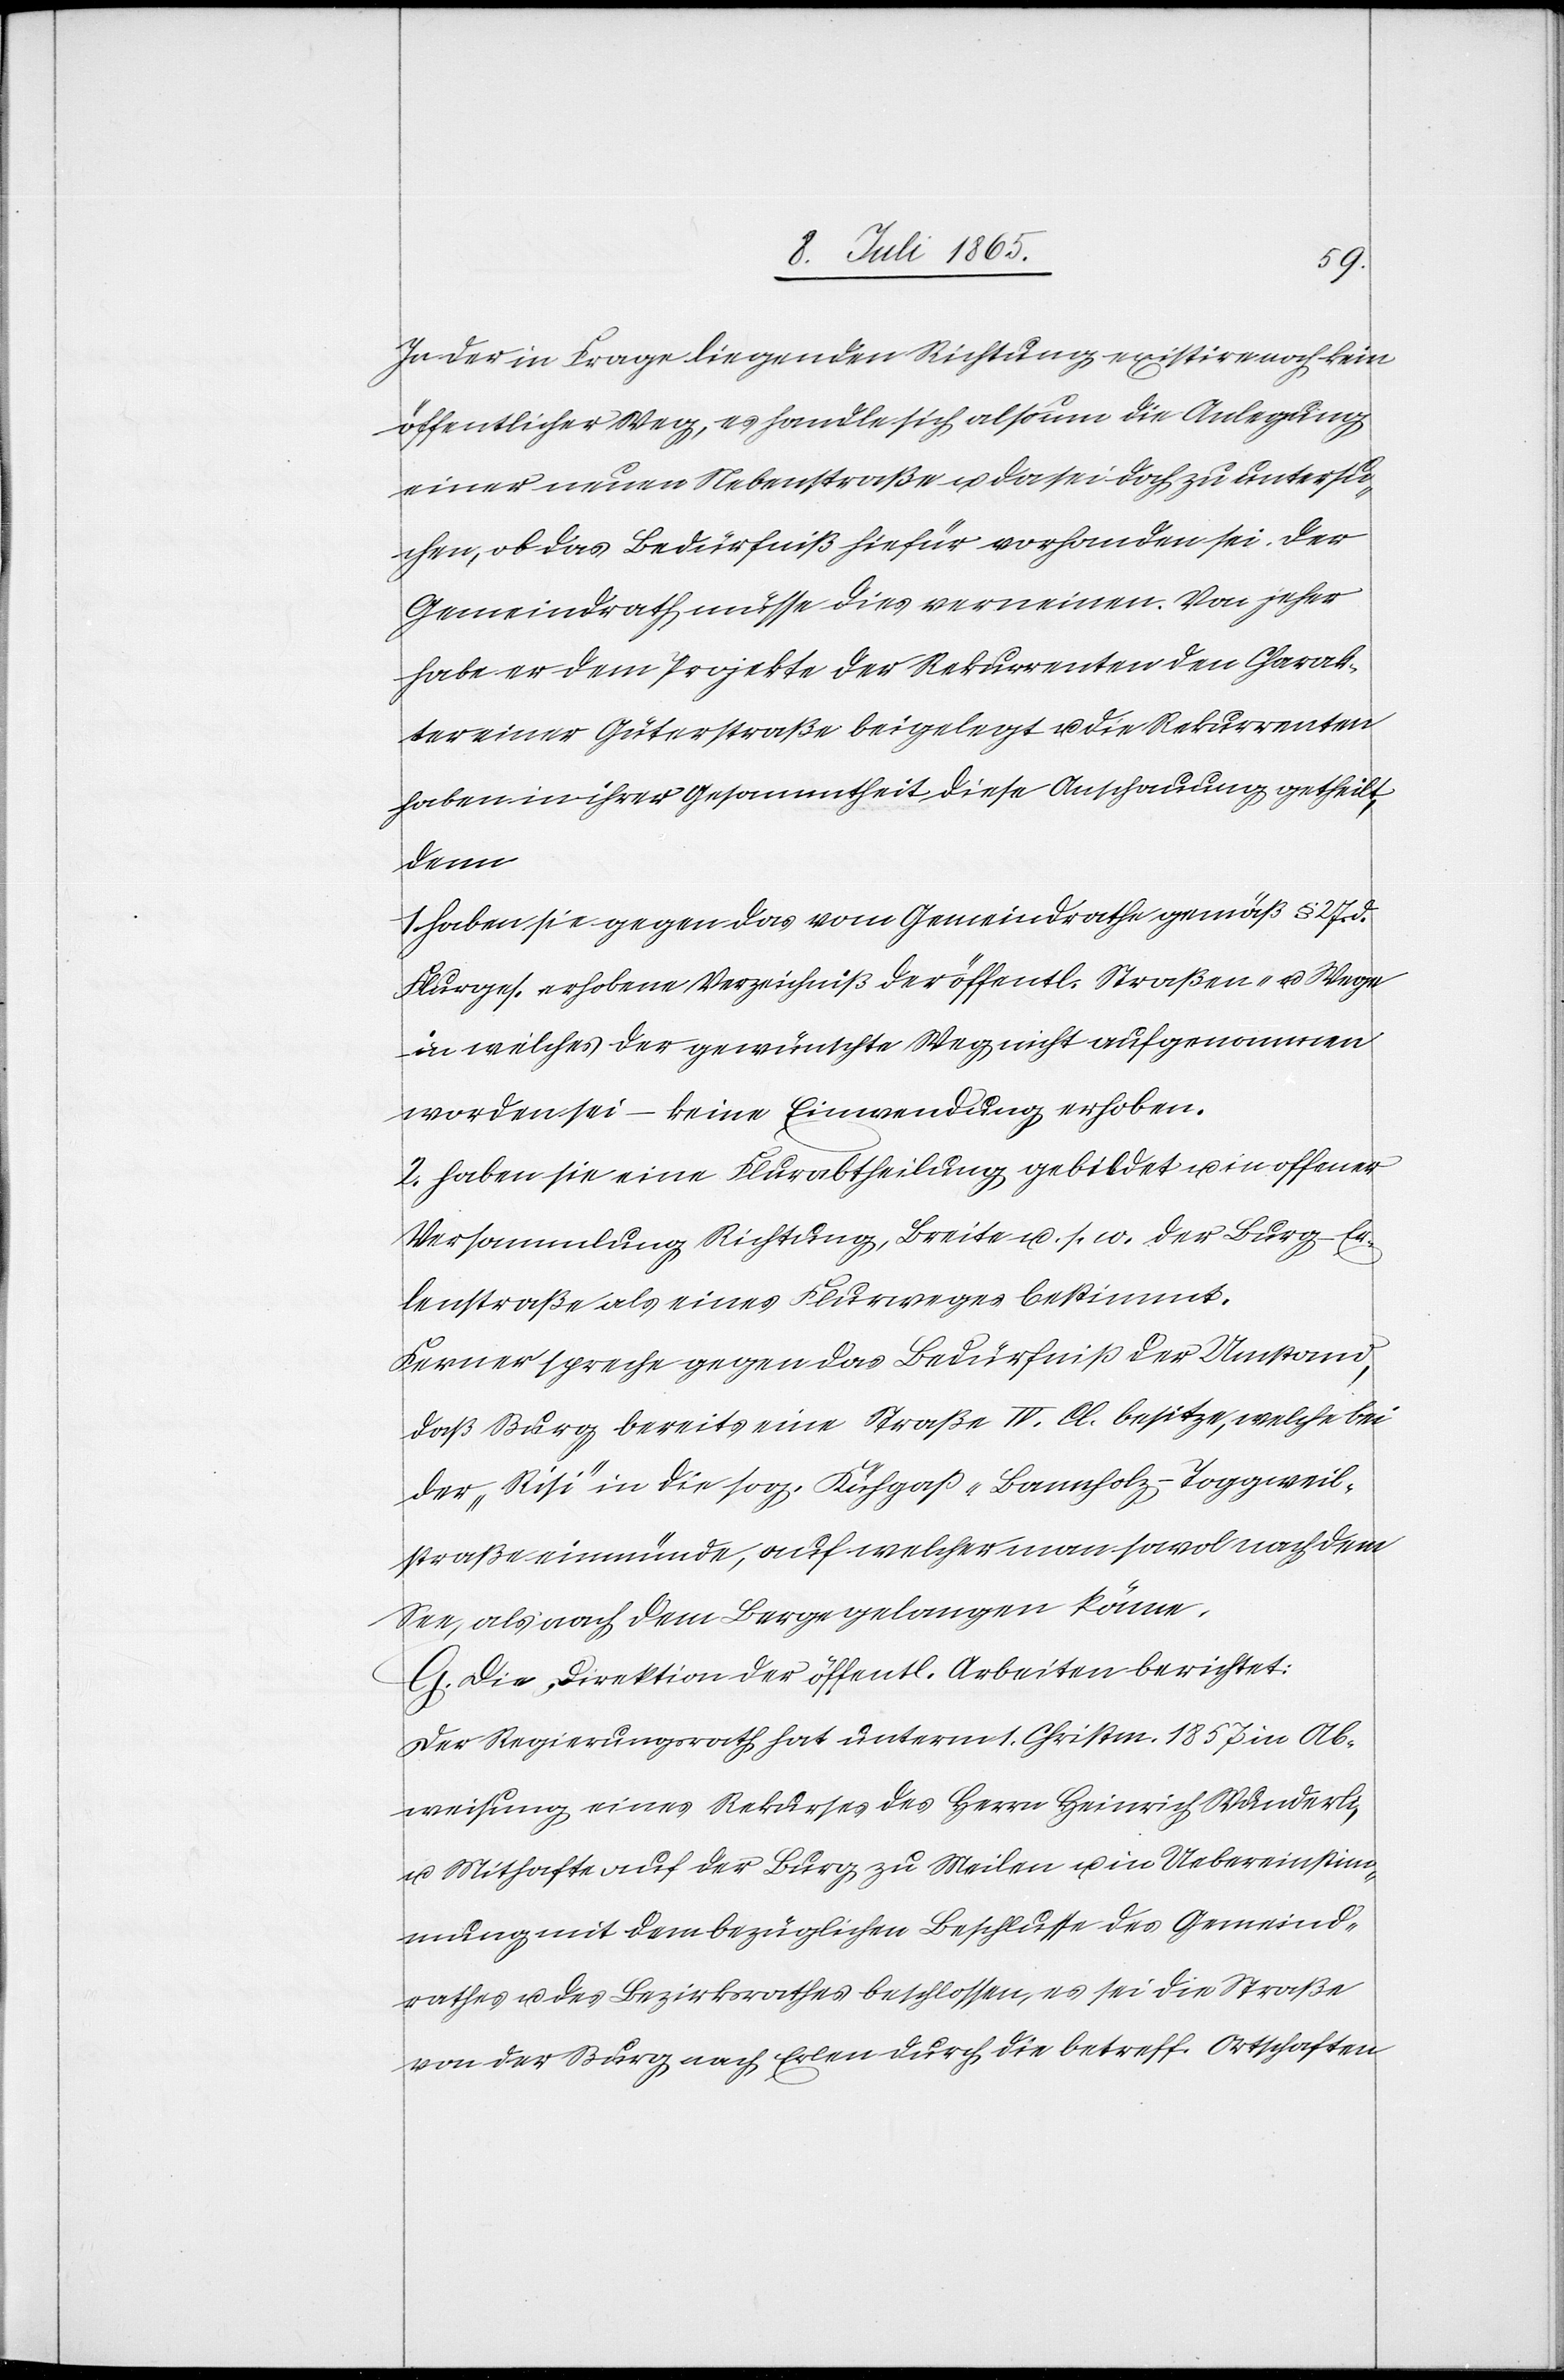
In der in Frage liegenden Richtung existire noch kein
öffentlicher Weg, es handle sich also um die Anlegung
einer neuen Nebenstraße u. da sei doch zu untersu¬
chen, ob das Bedürfniß hiefür vorhanden sei. Der
Gemeindrath müsse dies verneinen. Von jeher
habe er dem Projekte der Rekurrenten den Charak¬
ter einer Güterstraße beigelegt u. die Rekurrenten
haben in ihrer Gesammtheit diese Anschauung getheilt,
denn
1. haben sie gegen das vom Gemeindrathe gemäß § 27. d.
Flurges. erhobene Verzeichniß der öffentl. Straßen- u. Wege
in welches der gewünschte Weg nicht aufgenommen
worden sei – keine Einwendung erhoben.
2. haben sie eine Flurabtheilung gebildet u. in offener
Versammlung Richtung, Breite u. s. w. der Burg-Er¬
lenstraße als eines Flurweges bestimmt.
Ferner spreche gegen das Bedürfniß der Umstand,
daß Burg bereits eine Straße IV. Cl. besitze, welche bei
der „Risi“ in die sog. Kühgaß-Bannholz-Toggweil¬
straße einmünde, auf welcher man sowol nach dem
See, als auch dem Berge gelangen könne.
G. Die Direktion der öffentl. Arbeiten berichtet:
Der Regierungsrath hat unterm 1. Christm. 1857 in Ab¬
weisung eines Rekurses des Herrn Heinrich Wunderli
u. Mithafte auf der Burg ü zu Meilen u. in Uebereinstim¬
mung mit dem bezüglichen Beschlusse des Gemeind¬
rathes u. des Bezirksrathes beschlossen, es sei die Straße
von der Burg nach Erlen durch die betreff. Ortschaften